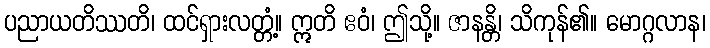
ပညာယတိဿတိ၊ ထင်ရှားလတ္တံ့။ ဣတိ ဧဝံ၊ ဤသို့။ ဇာနန္တိ၊ သိကုန်၏။ မောဂ္ဂလာန၊